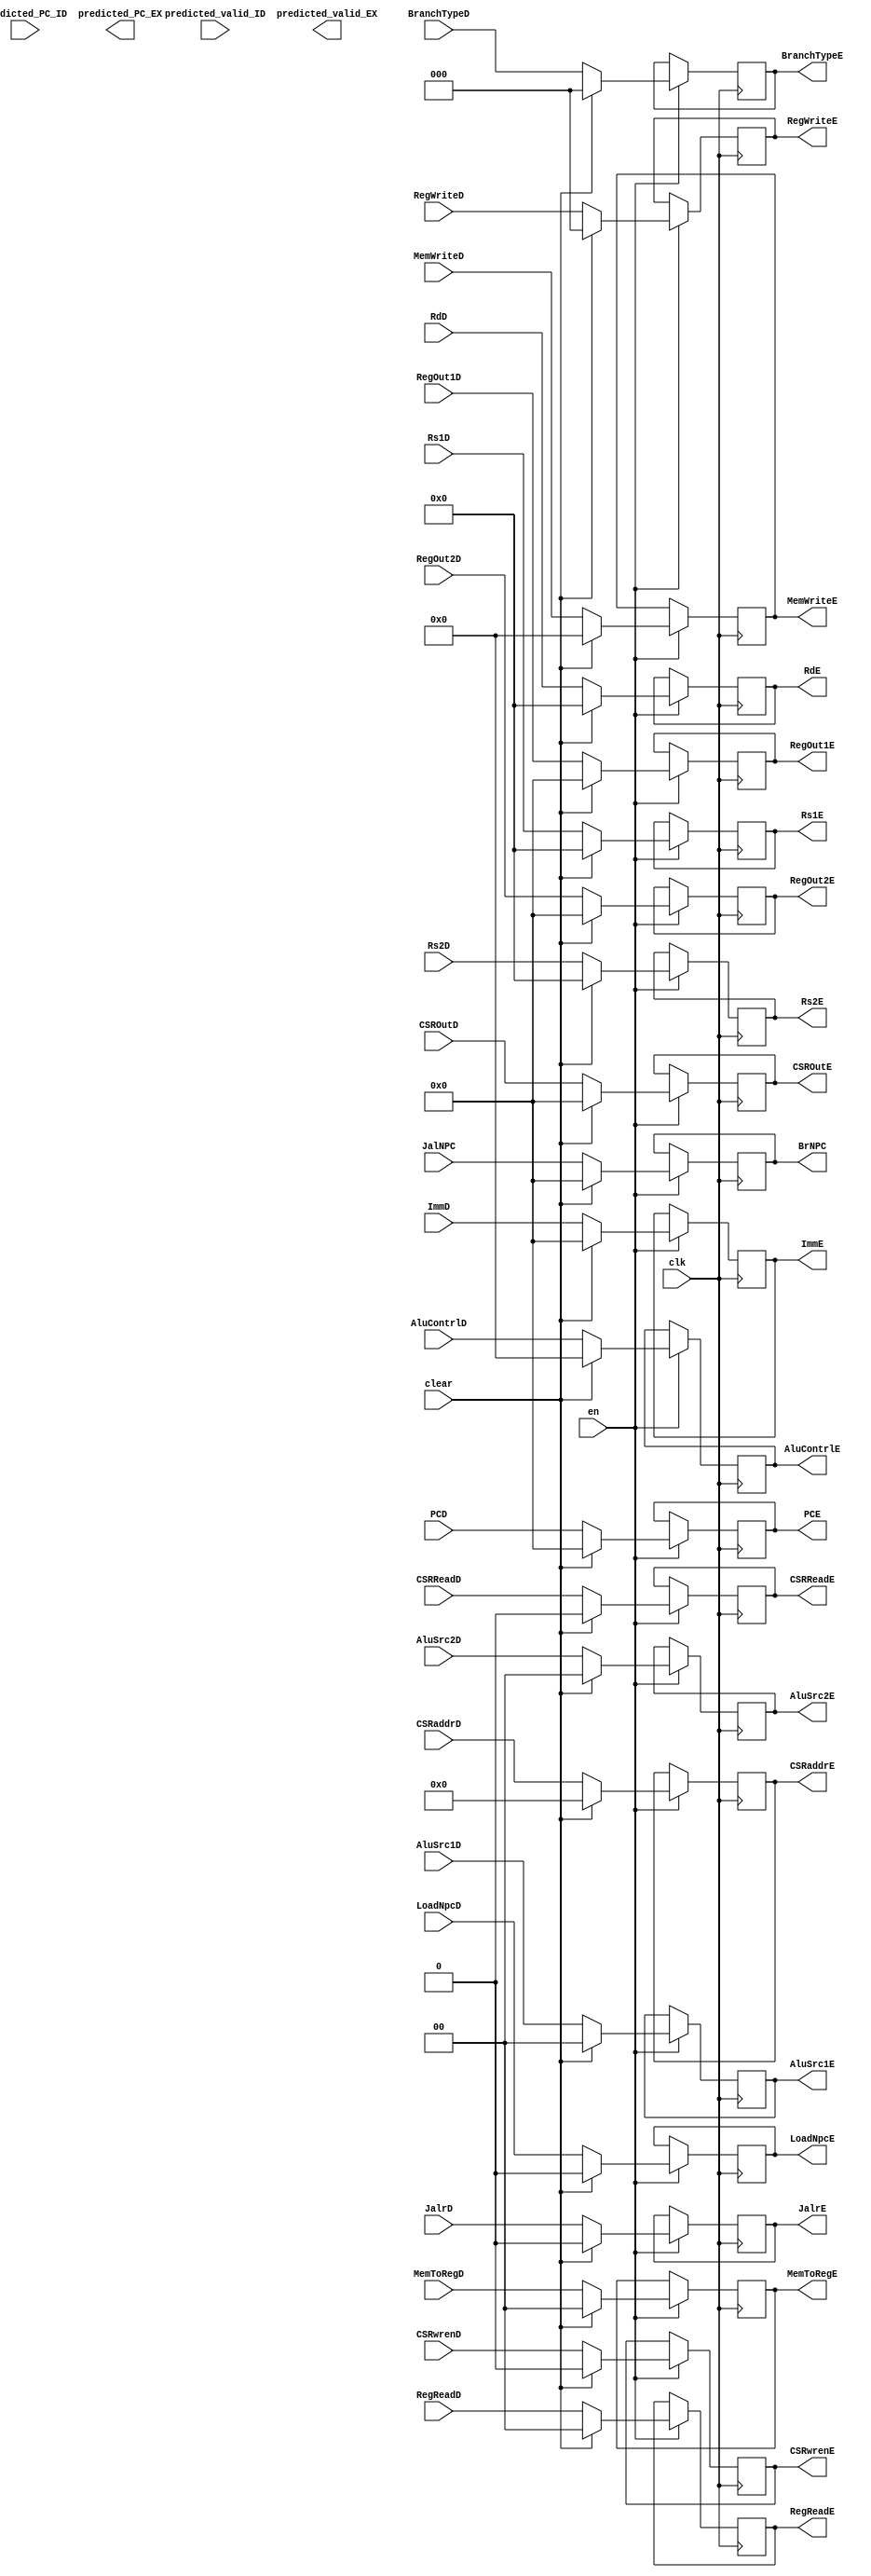
module EXSegReg(
    input wire clk,
    input wire en,
    input wire clear,
    //Data Signals
    input wire [31:0] PCD,
    output reg [31:0] PCE,
    input wire [31:0] JalNPC,
    output reg [31:0] BrNPC,
    input wire [31:0] ImmD,
    output reg [31:0] ImmE,
    input wire [4:0] RdD,
    output reg [4:0] RdE,
    input wire [4:0] Rs1D,
    output reg [4:0] Rs1E,
    input wire [4:0] Rs2D,
    output reg [4:0] Rs2E,
    input wire [31:0] RegOut1D,
    output reg [31:0] RegOut1E,
    input wire [31:0] RegOut2D,
    output reg [31:0] RegOut2E,
    //Control Signals
    input wire JalrD,
    output reg JalrE,
    input wire [2:0] RegWriteD,
    output reg [2:0] RegWriteE,
    input wire [1:0] MemToRegD,
    output reg [1:0] MemToRegE,
    input wire [3:0] MemWriteD,
    output reg [3:0] MemWriteE,
    input wire LoadNpcD,
    output reg LoadNpcE,
    input wire [1:0] RegReadD,
    output reg [1:0] RegReadE,
    input wire [2:0] BranchTypeD,
    output reg [2:0] BranchTypeE,
    input wire [3:0] AluContrlD,
    output reg [3:0] AluContrlE,
    input wire [1:0] AluSrc1D,
    output reg [1:0] AluSrc1E,
    input wire [1:0] AluSrc2D,
    output reg [1:0] AluSrc2E,
    //CSR
    input wire [11:0] CSRaddrD,
    output reg [11:0] CSRaddrE,
    input wire [31:0] CSROutD,
    output reg [31:0] CSROutE,
    input wire CSRwrenD,CSRReadD,
    output reg CSRwrenE,CSRReadE,
    input wire predicted_valid_ID,
    output reg predicted_valid_EX,
    input wire [31:0] predicted_PC_ID,
    output reg [31:0] predicted_PC_EX
    );
    initial begin
        PCE        = 32'b0;
        BrNPC      = 32'b0;
        ImmE       = 32'b0;
        RdE        = 32'b0;
        Rs1E       = 5'b0;
        Rs2E       = 5'b0;
        RegOut1E   = 32'b0;
        RegOut2E   = 32'b0;
        JalrE      = 1'b0;
        RegWriteE  = 1'b0;
        MemToRegE  = 2'b0;
        MemWriteE  = 1'b0;
        LoadNpcE   = 1'b0;
        RegReadE   = 2'b00;
        BranchTypeE = 3'b0;
        AluContrlE = 4'b0;
        AluSrc1E   = 2'b0;
        AluSrc2E   = 2'b0;
        //CSR
        CSRaddrE = 0;
        CSROutE = 0;
        CSRwrenE = 0;
        CSRReadE = 0;
        //BTB
        miss_BTB_E <= 1'b0;
        state_BTB_E <= 1'b0;
    end
    always@(posedge clk) begin
        if(en)
            if(clear)
                begin
                PCE<=32'b0;
                BrNPC<=32'b0;
                ImmE<=32'b0;
                RdE<=32'b0;
                Rs1E<=5'b0;
                Rs2E<=5'b0;
                RegOut1E<=32'b0;
                RegOut2E<=32'b0;
                JalrE<=1'b0;
                RegWriteE<=1'b0;
                MemToRegE<=2'b0;
                MemWriteE<=1'b0;
                LoadNpcE<=1'b0;
                RegReadE<=2'b00;
                BranchTypeE <= 3'b0;
                AluContrlE<=4'b0;
                AluSrc1E<=2'b0;
                AluSrc2E<=2'b0;
                //CSR
                CSRaddrE = 0;
                CSROutE = 0;
                CSRwrenE = 0;
                CSRReadE = 0;
                //BTB
                miss_BTB_E <= 1'b0;
                state_BTB_E <= 1'b0;
            end else begin
                PCE<=PCD;
                BrNPC<=JalNPC;
                ImmE<=ImmD;
                RdE<=RdD;
                Rs1E<=Rs1D;
                Rs2E<=Rs2D;
                RegOut1E<=RegOut1D;
                RegOut2E<=RegOut2D;
                JalrE<=JalrD;
                RegWriteE=RegWriteD;
                MemToRegE<=MemToRegD;
                MemWriteE<=MemWriteD;
                LoadNpcE<=LoadNpcD;
                RegReadE<=RegReadD;
                BranchTypeE <= BranchTypeD;
                AluContrlE<=AluContrlD;
                AluSrc1E<=AluSrc1D;
                AluSrc2E<=AluSrc2D;
                //CSR
                CSRaddrE <= CSRaddrD;
                CSROutE <= CSROutD;
                CSRwrenE <= CSRwrenD;
                CSRReadE <= CSRReadD;
                //BTB
                miss_BTB_E <= miss_BTB_D;
                state_BTB_E <= state_BTB_D;
            end
        end

endmodule